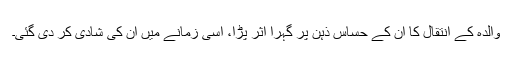
والدہ کے انتقال کا ان کے حساس ذہن پر گہرا اثر پڑا، اسی زمانے میں ان کی شادی کر دی گئی۔